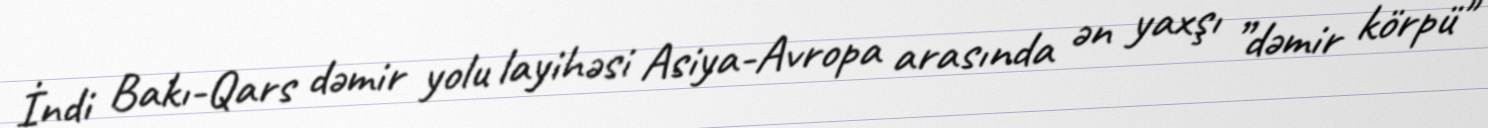
İndi Bakı-Qars dəmir yolu layihəsi Asiya-Avropa arasında ən yaxşı ”dəmir körpü"